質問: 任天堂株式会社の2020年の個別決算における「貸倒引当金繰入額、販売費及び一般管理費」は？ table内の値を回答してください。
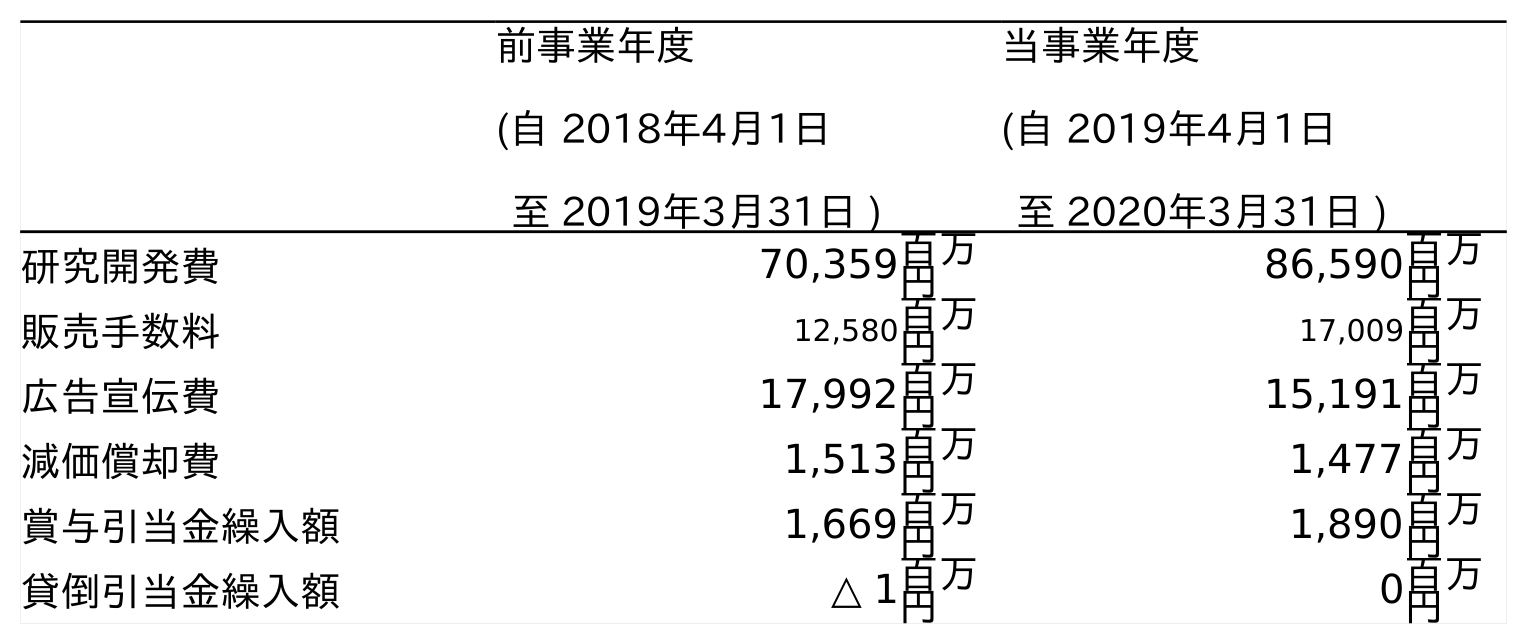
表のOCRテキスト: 前事業年度 (自 2018年4月1日 至 2019年3月31日 ) 当事業年度 (自 2019年4月1日 至 2020年3月31日 ) 研究開発費 70,359百万 円 86,590百万 円 販売手数料 12,580百万 円 17,009百万 円 広告宣伝費 17,992百万 円 15,191百万 円 減価償却費 1,513百万 円 1,477百万 円 賞与引当金繰入額 1,669百万 円 1,890百万 円 貸倒引当金繰入額 △ 1百万 円 0百万 円
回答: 0